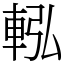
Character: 䡏